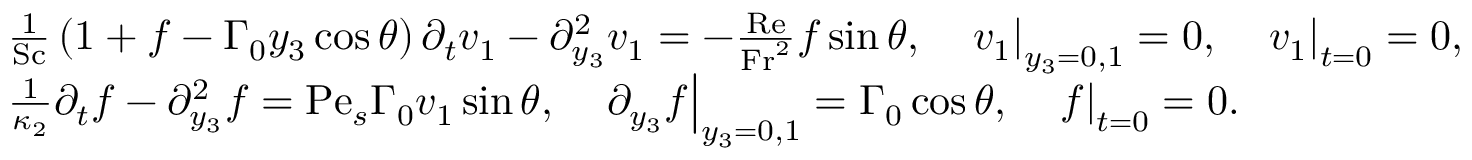
\begin{array} { r l } & { \frac { 1 } { \mathrm { S c } } \left( 1 + f - \Gamma _ { 0 } y _ { 3 } \cos \theta \right) \partial _ { t } v _ { 1 } - \partial _ { y _ { 3 } } ^ { 2 } v _ { 1 } = - \frac { \mathrm { R e } } { \mathrm { F r } ^ { 2 } } f \sin \theta , \quad \left. v _ { 1 } \right| _ { y _ { 3 } = 0 , 1 } = 0 , \quad \left. v _ { 1 } \right| _ { t = 0 } = 0 , } \\ & { \frac { 1 } { \kappa _ { 2 } } \partial _ { t } f - \partial _ { y _ { 3 } } ^ { 2 } f = \mathrm { P e } _ { s } \Gamma _ { 0 } v _ { 1 } \sin \theta , \quad \left. \partial _ { y _ { 3 } } f \right| _ { y _ { 3 } = 0 , 1 } = \Gamma _ { 0 } \cos \theta , \quad \left. f \right| _ { t = 0 } = 0 . } \end{array}